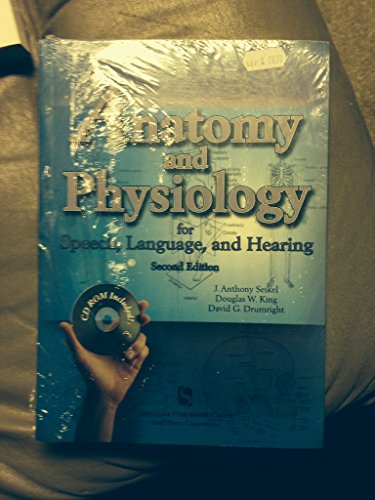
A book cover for Anatomy and Physiology for Speech, Language, and Hearing 2nd Edition (Second Edition) Basic Elements of Anatomy, Anatomy of Respiration, of Phonation, of Articulation & Resonation, Neuroanatomy, Neurophysiology, Anatomy of Hearing, Aditory Physiology; Medical Books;